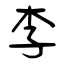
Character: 李